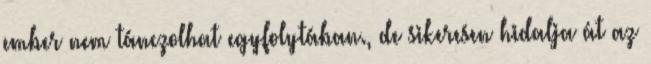
ember nem tánczolhat egyfolytában., de sikeresen hidalja át az